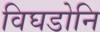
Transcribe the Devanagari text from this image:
विघडोनि